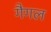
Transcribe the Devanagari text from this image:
गैगल